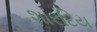
શારદિય